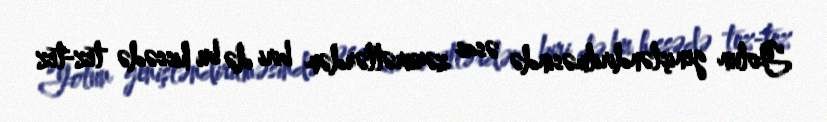
Yolun genişləndirilməsində əsas zərurətlərdən biri də bu hissədə tez-tez